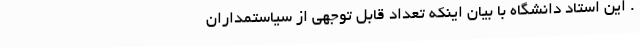
. این استاد دانشگاه با بیان اینکه تعداد قابل توجهی از سیاستمداران